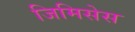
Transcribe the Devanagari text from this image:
जिमिसेस